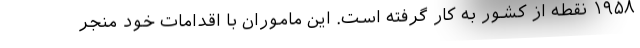
۱۹۵۸ نقطه از کشور به کار گرفته است. این ماموران با اقدامات خود منجر